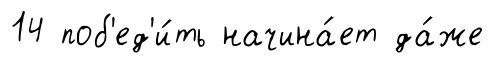
14 поб'ед'и́ть начина́ет да́же